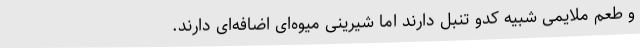
و طعم ملایمی شبیه کدو تنبل دارند اما شیرینی میوه‌ای اضافه‌ای دارند.